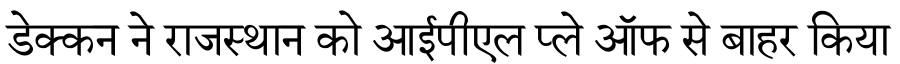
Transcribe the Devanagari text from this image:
डेक्कन ने राजस्थान को आईपीएल प्ले ऑफ से बाहर किया